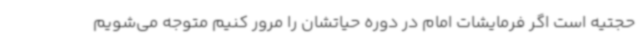
حجتیه است اگر فرمایشات امام در دوره حیاتشان را مرور کنیم متوجه می‌شویم